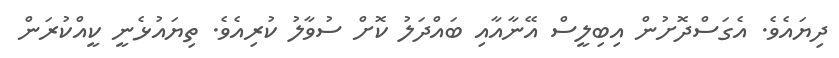
ދިޔައެވެ. އެގަސްދޮށުން އިބިލީސް އޭނާއާއި ބައްދަލު ކޮށް ސުވާލު ކުރިއެވެ. ތިޔައުޅެނީ ކީއްކުރަން